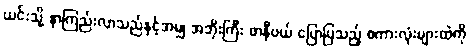
ယင်းသို့ နာကြည်းလာသည်နှင့်အမျှ အဘိုးကြီး ဖာနီဗယ် ပြောပြသည့် စကားလုံးများထဲကို